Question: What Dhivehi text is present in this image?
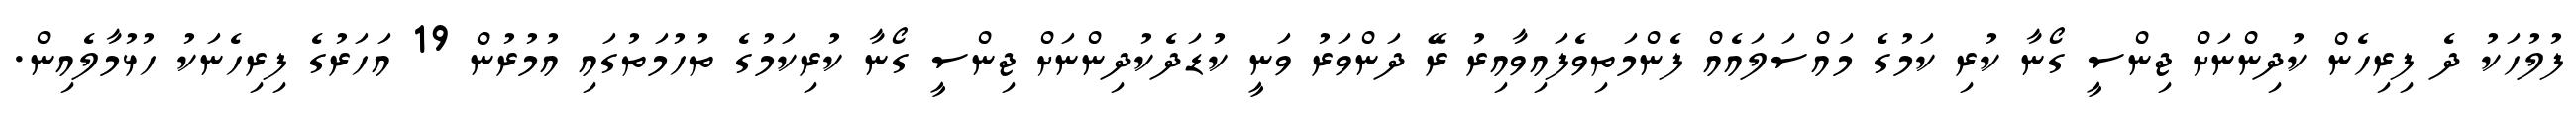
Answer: ފުލުހަކު ދެ ފިރިހެން ކުދިންނަށް ޖިންސީ ގޯނާ ކުރި ކަމުގެ މައްސަލައެއް ފެންމަތިވެފައިވާއިރު ރޭ ދަންވަރު ވަނީ ކުޑަދެކުދިންނަށް ޖިންސީ ގޯނާ ކުރިކަމުގެ ތުހުމަތުގައި އުމުރުން 19 އަހަރުގެ ފިރިހެނަކު ހުޅުމާލެއިން.